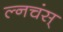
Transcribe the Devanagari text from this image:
ल्नचंस्